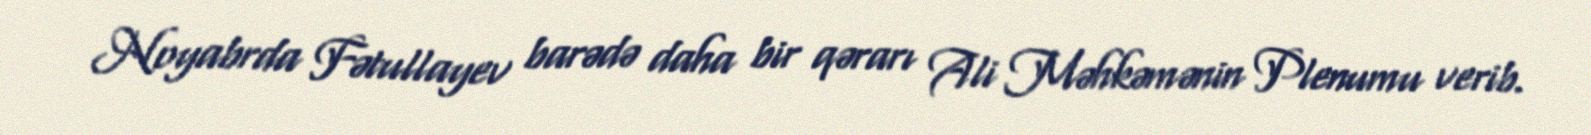
Noyabrda Fətullayev barədə daha bir qərarı Ali Məhkəmənin Plenumu verib.